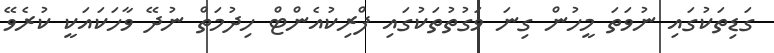
ގަޑިތަކުގައި ނުވަތަ މީހުން ގިނަ ވަގުތުތަކުގައި ފްރިކުއެންޓް ހިދުމަތް ނުދޭ ވާހަކައަކީ ކުރެވޭ